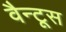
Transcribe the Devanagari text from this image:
वैन्टूस